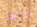
ذلك